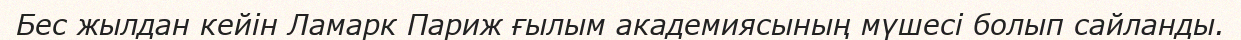
Бес жылдан кейін Ламарк Париж ғылым академиясының мүшесі болып сайланды.